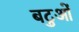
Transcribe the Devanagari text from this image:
बटुओं